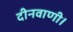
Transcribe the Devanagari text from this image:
दीनवाणी।